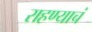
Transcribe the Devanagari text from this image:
राहण्याचं